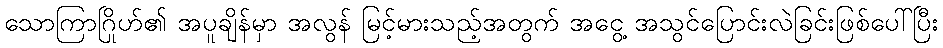
သောကြာဂြိုဟ်၏ အပူချိန်မှာ အလွန် မြင့်မားသည့်အတွက် အငွေ့ အသွင်ပြောင်းလဲခြင်းဖြစ်ပေါ်ပြီး